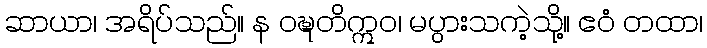
ဆာယာ၊ အရိပ်သည်။ န ဝဍ္ဎတိဣဝ၊ မပွားသကဲ့သို့။ ဧဝံ တထာ၊